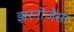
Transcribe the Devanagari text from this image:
झरनोजैसा